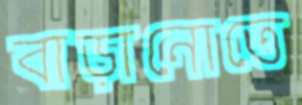
বাড়ানোতে